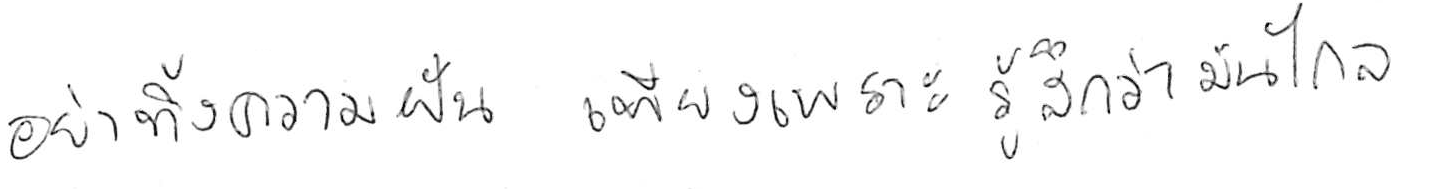
อย่าทิ้งความฝัน เพียงเพราะรู้สึกว่ามันไกล